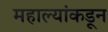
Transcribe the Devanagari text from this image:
महाल्यांकडून